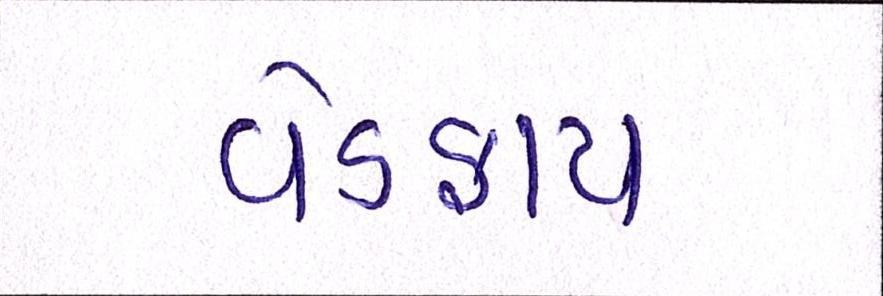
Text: વેડફાય